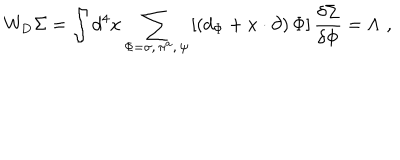
W _ { \mathrm { D } } \Sigma = \int d ^ { 4 } x \sum _ { { \Phi = \sigma , \, \pi ^ { a } , \, \psi } } \left[ \left( d _ { \Phi } + x \cdot \partial \right) \Phi \right] \frac { \delta \Sigma } { \delta \Phi } = \Lambda \, \, ,